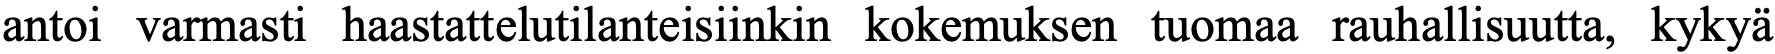
antoi varmasti haastattelutilanteisiinkin kokemuksen tuomaa rauhallisuutta, kykyä